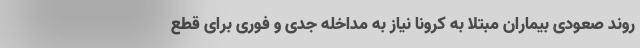
روند صعودی بیماران مبتلا به کرونا نیاز به مداخله جدی و فوری برای قطع